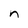
Character: n